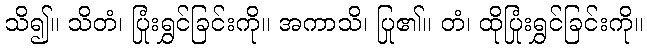
သိ၍။ သိတံ၊ ပြုံးရွှင်ခြင်းကို။ အကာသိ၊ ပြု၏။ တံ၊ ထိုပြုံးရွှင်ခြင်းကို။